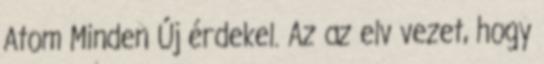
Atom Minden Új érdekel. Az az elv vezet, hogy